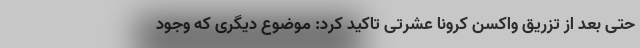
حتی بعد از تزریق واکسن کرونا عشرتی تاکید کرد: موضوع دیگری که وجود